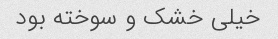
خیلی خشک و سوخته بود